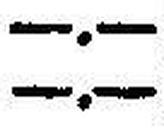
—.—